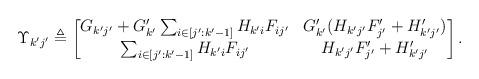
LaTeX: \begin{align*} \Upsilon_{k'j'}\triangleq \begin{bmatrix}G_{k'j'}+G_{k'}'\sum_{i\in [j':k'-1]}H_{k'i}F_{ij'} & G_{k'}'(H_{k'j'}F_{j'}'+H_{k'j'}') \\\sum_{i\in [j':k'-1]}H_{k'i}F_{ij'} & H_{k'j'}F_{j'}'+H_{k'j'}' \end{bmatrix}. \end{align*}